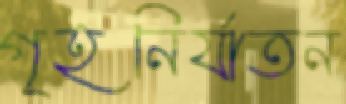
গৃহনির্যাতন